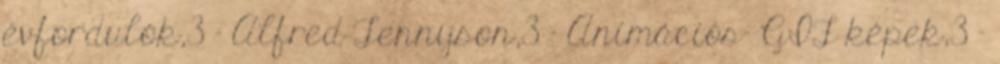
évfordulók,3 - Alfred Tennyson,3 - Animációs- GIF képek,3 -